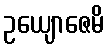
ဥယျောဇေမိ